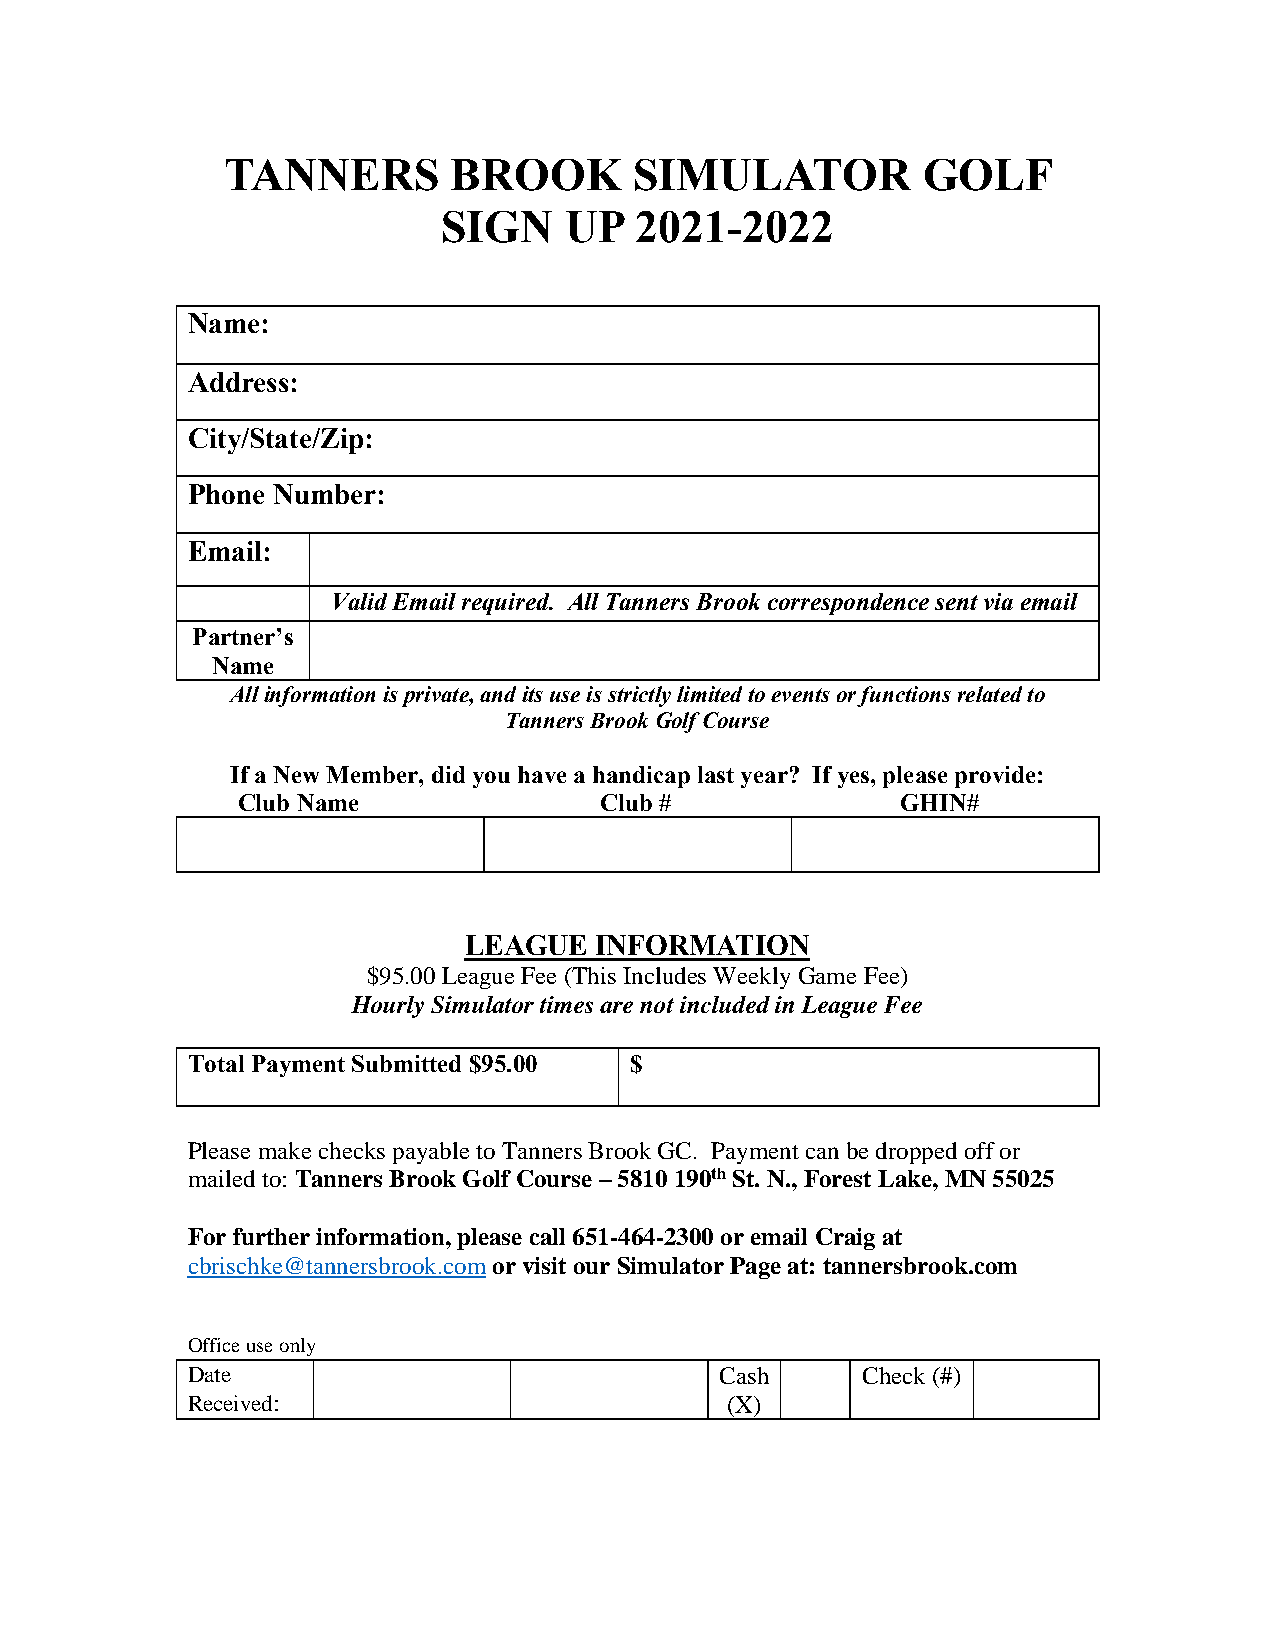
TANNERS        BROOK       SIMULATOR          GOLF
 SIGN    UP   2021-2022
 Name:
 Address:
 City/State/Zip:
 Phone Number:
 Email:
 Valid Email required. All Tanners Brook correspondence sent via email
 Partner’s
 Name
 All information is private, and its use is strictly limited to events or functions related to
 Tanners Brook Golf Course
 If a New Member, did you have a handicap last year? If yes, please provide:
 Club Name               Club #              GHIN#
 LEAGUE  INFORMATION
 $95.00 League Fee (This Includes Weekly Game Fee)
 Hourly Simulator times are not included in League Fee
 Total Payment Submitted $95.00 $
 Please make checks payable to Tanners Brook GC. Payment can be dropped off or
 mailed to: Tanners Brook Golf Course – 5810 190th St. N., Forest Lake, MN 55025
 For further information, please call 651-464-2300 or email Craig at
 cbrischke@tannersbrook.com or visit our Simulator Page at: tannersbrook.com
 Office use only
 Date                                Cash     Check (#)
 Received:                           (X)